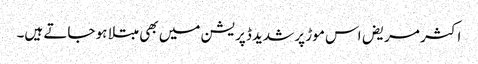
اکثر مریض اس موڑ پر شدید ڈپریشن میں بھی مبتلا ہو جاتے ہیں۔